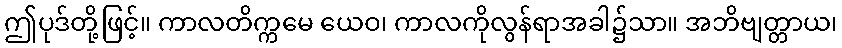
ဤပုဒ်တို့ဖြင့်။ ကာလတိက္ကမေ ယေဝ၊ ကာလကိုလွန်ရာအခါ၌သာ။ အဘိဗျတ္တာယ၊